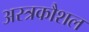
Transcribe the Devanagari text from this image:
अस्त्रकौशल